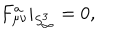
F _ { \mu \nu } ^ { a } | _ { S _ { \infty } ^ { 3 } } = 0 ,